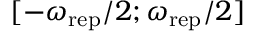
[ - \omega _ { \mathrm { r e p } } / 2 ; \omega _ { \mathrm { r e p } } / 2 ]